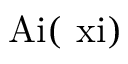
\mathrm { A i ( \ x i ) }